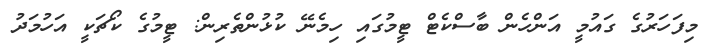
މިފަހަރުގެ ގައުމީ އަންހެން ބާސްކެޓް ޓީމުގައި ހިމެނޭ ކުޅުންތެރިން: ޓީމުގެ ކޯޗަކީ އަހުމަދު